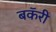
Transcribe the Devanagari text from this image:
बकॅरी